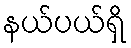
နယ်ပယ်ရှိ